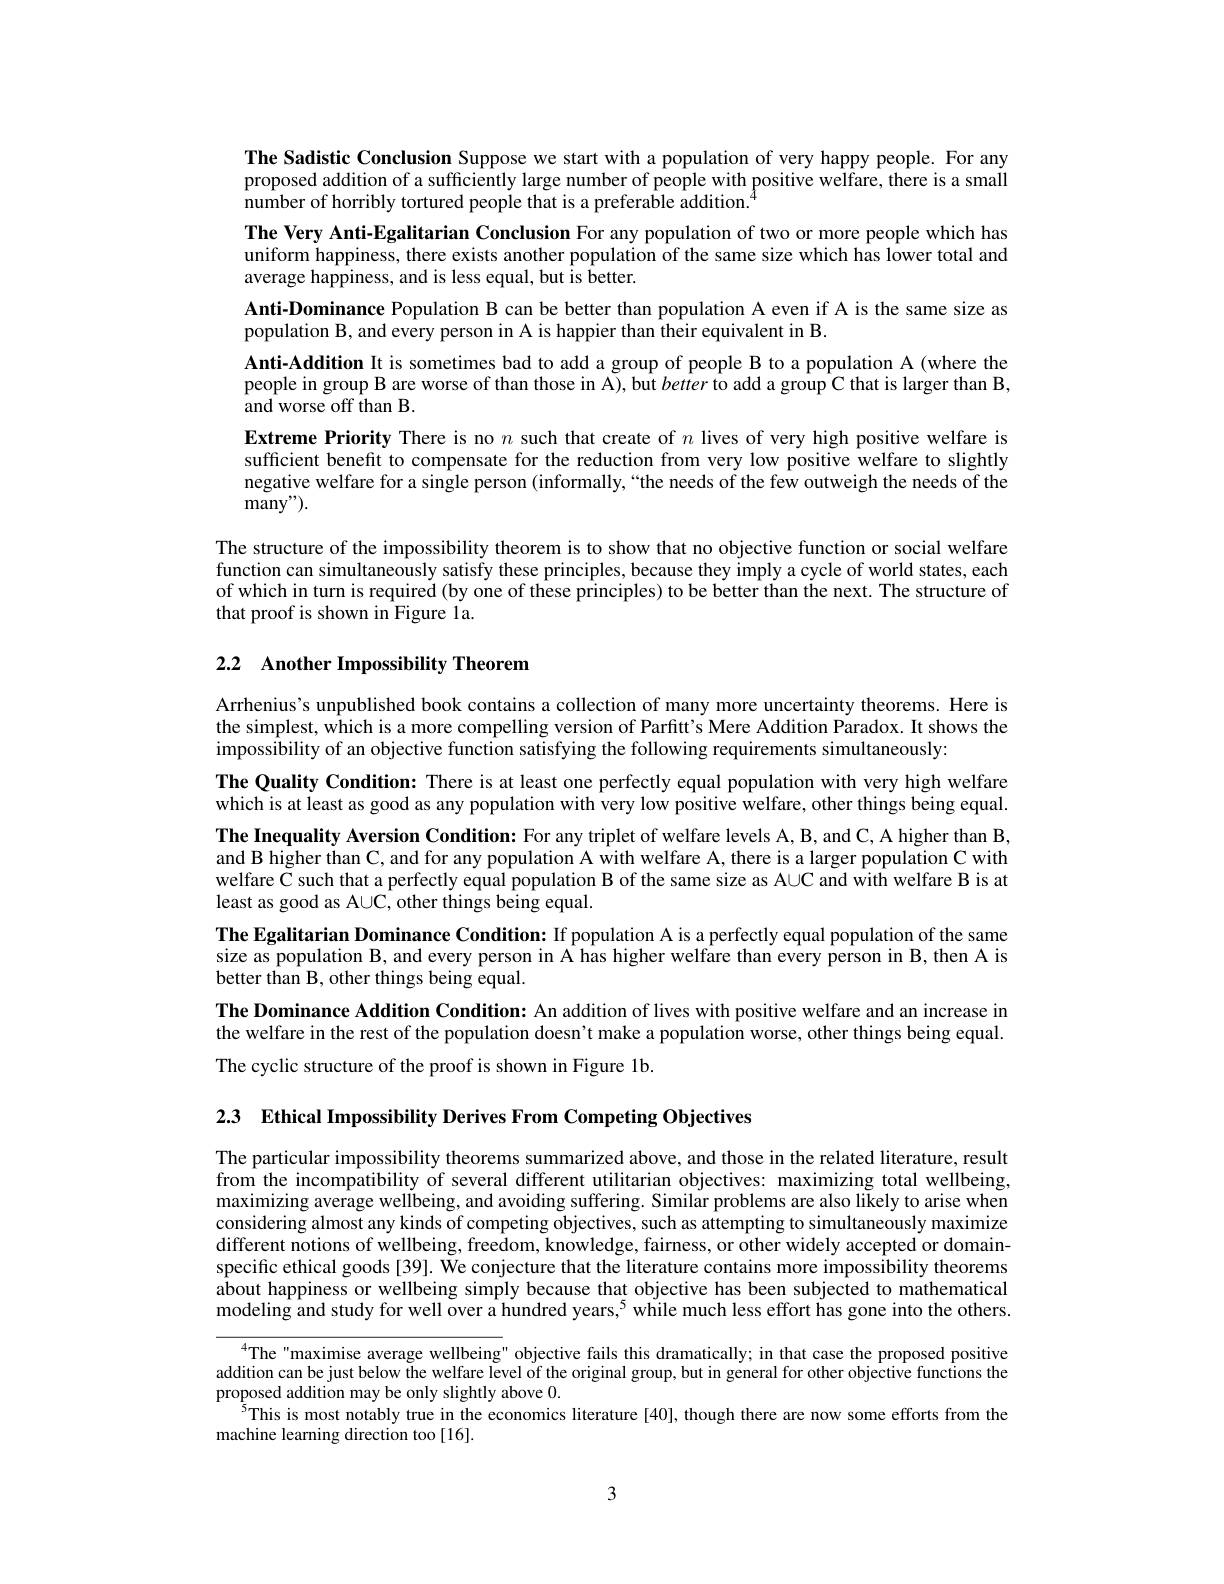
The Sadistic Conclusion Suppose we start with a population of very happy people. For any proposed addition of a sufficiently large number of people with positive welfare, there is a small number of horribly tortured people that is a preferable addition.
The Very Anti-Egalitarian Conclusion For any population of two or more people which has uniform happiness, there exists another population of the same size which has lower total and average happiness, and is less equal, but is better.
Anti-Dominance Population B can be better than population A even if A is the same size as
population B, and every person in A is happier than their equivalent in B.
Anti-Addition It is sometimes bad to add a group of people B to a population A (where the people in group B are worse of than those in A), but better to add a group C that is larger than B, and worse off than B.
Extreme Priority There is no $n$ such that create of $n$ lives of very high positive welfare is sufficient benefit to compensate for the reduction from very low positive welfare to slightly negative welfare for a single person (informally,“the needs of the few outweigh the needs of the many" ).
The structure of the impossibility theorem is to show that no objective function or social welfare function can simultaneously satisfy these principles, because they imply a cycle of world states, each of which in turn is required (by one of these principles) to be better than the next. The structure of that proof is shown in Figure la.

## 2.2 Another Impossibility Theorem

Arrhenius's unpublished book contains a collection of many more uncertainty theorems. Here is the simplest, which is a more compelling version of Parfitt's Mere Addition Paradox. It shows the impossibility of an objective function satisfying the following requirements simultaneously:
The Quality Condition: There is at least one perfectly equal population with very high welfare which is at least as good as any population with very low positive welfare, other things being equal. The Inequality Aversion Condition: For any triplet of welfare levels A, B, and C, A higher than B, and B higher than C, and for any population A with welfare A, there is a larger population C with welfare C such that a perfectly equal population B of the same size as AUC and with welfare B is at least as good as AUC, other things being equal.
The Egalitarian Dominance Condition: If population A is a perfectly equal population of the same size as population B, and every person in A has higher welfare than every person in B,then A is better than B, other things being equal.
The Dominance Addition Condition: An addition of lives with positive welfare and an increase in the welfare in the rest of the population doesn't make a population worse, other things being equal. The cyclic structure of the proof is shown in Figure 1b.

2.3 Ethical Impossibility Derives From Competing Objectives

The particular impossibility theorems summarized above, and those in the related literature, result from the incompatibility of several different utilitarian objectives: maximizing total wellbeing, maximizing average wellbeing, and avoiding suffering. Similar problems are also likely to arise when considering almost any kinds of competing objectives, such as attempting to simultaneously maximize different notions of wellbeing, freedom, knowledge, fairness, or other widely accepted or domainspecific ethical goods[39]. We conjecture that the literature contains more impossibility theorems about happiness or wellbeing simply because that objective has been subjected to mathematical modeling and study for well over a hundred years,$^5$ while much less effort has gone into the others.

$^{4}$The "maximise average wellbeing" objective fails this dramatically; in that case the proposed positive addition can be just below the welfare level of the original group, but in general for other objective functions the proposed addition may be only slightly above 0.
$^{5}$This is most notably true in the economics literature[40], though there are now some efforts from the
machine learning direction too [16].

3